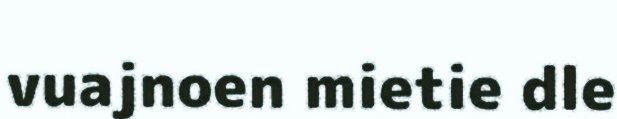
vuajnoen mietie dle